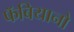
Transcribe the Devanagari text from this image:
फॅबियानो